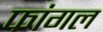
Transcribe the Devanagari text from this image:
फांगल